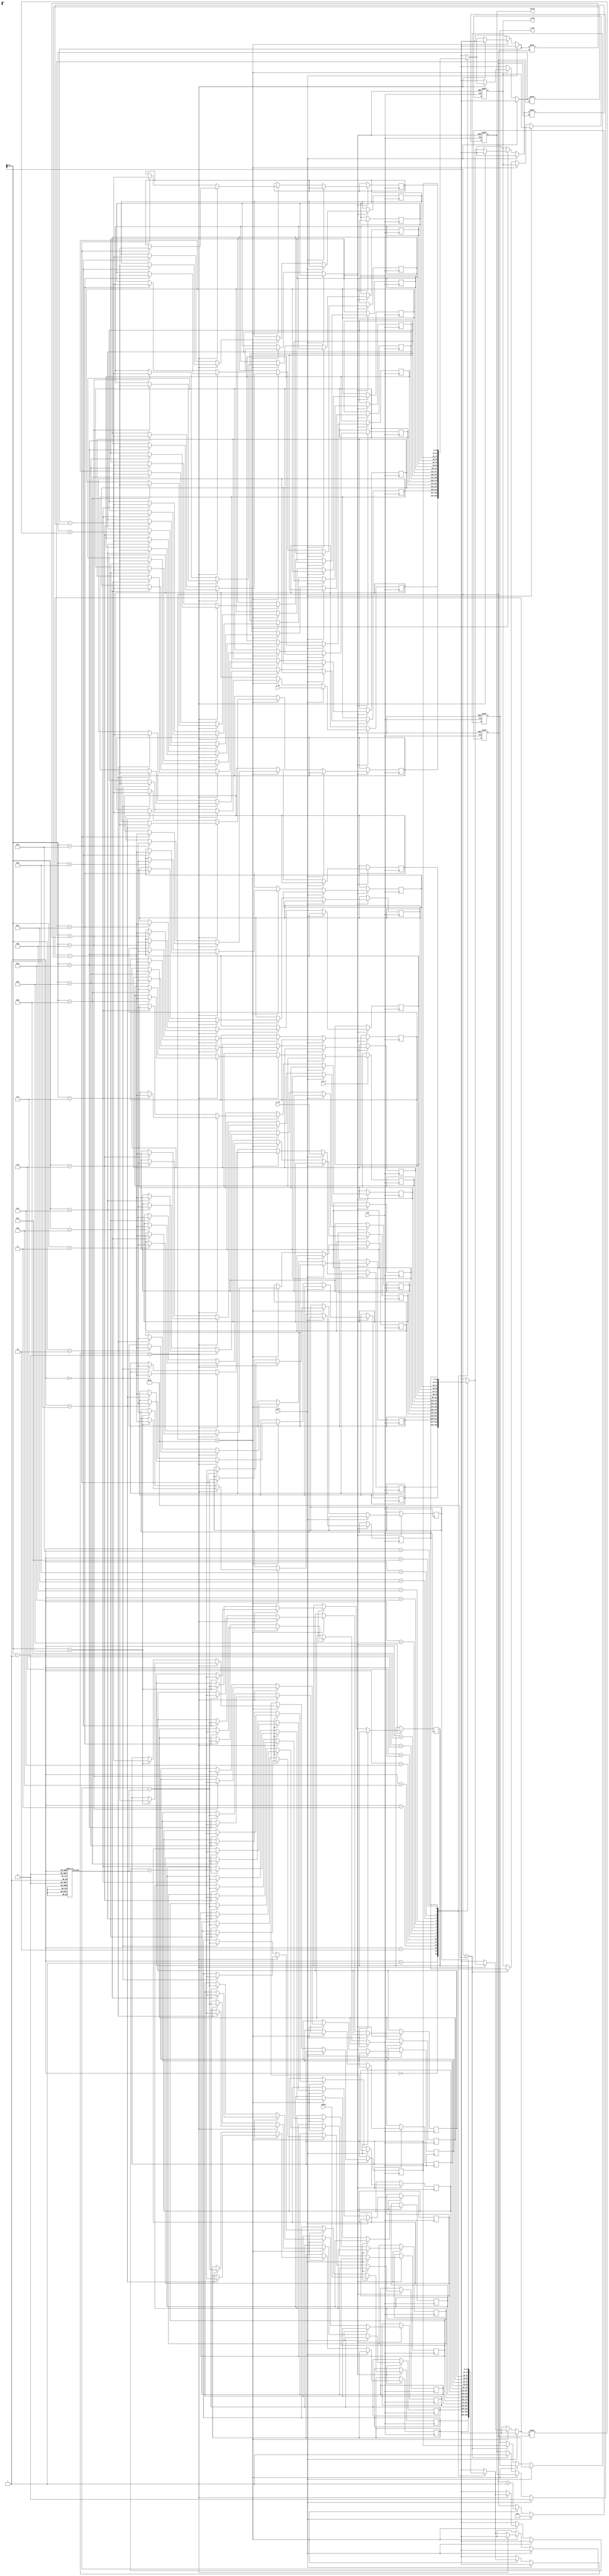
module pipelined_cordic #(
    parameter DATA_WIDTH = 16,      // Configurable data width
    parameter NUM_ITERATIONS = 16    // Configurable number of iterations
)(
    input wire clk,
    input wire rst_n,
    input wire start,
    input wire signed [DATA_WIDTH-1:0] angle,  // Input angle in radians
    input wire signed [DATA_WIDTH-1:0] x_in,    // Input x-coordinate
    input wire signed [DATA_WIDTH-1:0] y_in,    // Input y-coordinate
    output reg signed [DATA_WIDTH-1:0] x_out,    // Output x-coordinate
    output reg signed [DATA_WIDTH-1:0] y_out,    // Output y-coordinate
    output reg valid                         // Output valid signal
);

    // CORDIC constants for each iteration
    reg signed [DATA_WIDTH-1:0] atan_table [0:NUM_ITERATIONS-1];
    initial begin
        // Initialize atan_table with precomputed arctangent values
        // atan_table[i] = atan(2^-i), in fixed-point format
        atan_table[0] = 16'h26B2; // atan(1) = 0.785398 (approx)
        atan_table[1] = 16'h1DAC; // atan(0.5) = 0.463648 (approx)
        atan_table[2] = 16'h1A3D; // atan(0.25) = 0.244978 (approx)
        // Continue initializing for all iterations...
    end

    // Pipeline registers
    reg signed [DATA_WIDTH-1:0] x_reg [0:NUM_ITERATIONS-1];
    reg signed [DATA_WIDTH-1:0] y_reg [0:NUM_ITERATIONS-1];
    reg signed [DATA_WIDTH-1:0] angle_reg [0:NUM_ITERATIONS-1];
    reg [4:0] stage; // Current pipeline stage

    // Control logic
    always @(posedge clk or negedge rst_n) begin
        if (!rst_n) begin
            stage <= 0;
            valid <= 0;
            x_out <= 0;
            y_out <= 0;
        end else if (start) begin
            // Initialize first stage
            x_reg[0] <= x_in;
            y_reg[0] <= y_in;
            angle_reg[0] <= angle;
            stage <= 1;
            valid <= 0;
        end else if (stage < NUM_ITERATIONS) begin
            // CORDIC rotation operation
            if (angle_reg[stage-1] < 0) begin
                x_reg[stage] <= x_reg[stage-1] + (y_reg[stage-1] >>> stage);
                y_reg[stage] <= y_reg[stage-1] - (x_reg[stage-1] >>> stage);
                angle_reg[stage] <= angle_reg[stage-1] + atan_table[stage-1];
            end else begin
                x_reg[stage] <= x_reg[stage-1] - (y_reg[stage-1] >>> stage);
                y_reg[stage] <= y_reg[stage-1] + (x_reg[stage-1] >>> stage);
                angle_reg[stage] <= angle_reg[stage-1] - atan_table[stage-1];
            end
            stage <= stage + 1;
        end else if (stage == NUM_ITERATIONS) begin
            // Output results after the last iteration
            x_out <= x_reg[NUM_ITERATIONS-1];
            y_out <= y_reg[NUM_ITERATIONS-1];
            valid <= 1; // Signal that output is valid
        end
    end

endmodule